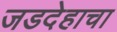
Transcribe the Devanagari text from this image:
जडदेहाचा